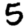
Digit: 5